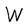
Character: W